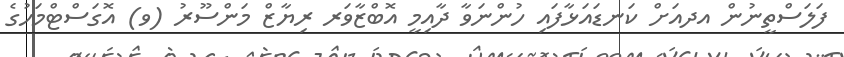
ފަލަސްތީނުން އދއަށް ކަނޑައަޅާފައި ހުންނަވާ ދާއިމީ އޮބްޒާވަރ ރިޔާޒް މަންސޫރު (ވ) އޮގަސްޓްމަހުގެ